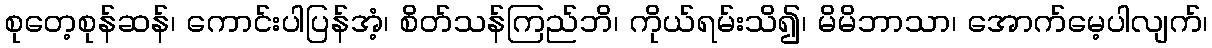
စုတေ့စုန်ဆန်၊ ကောင်းပါပြန်အံ့၊ စိတ်သန်ကြည်ဘိ၊ ကိုယ်ရမ်းသိ၍၊ မိမိဘာသာ၊ အောက်မေ့ပါလျက်၊